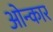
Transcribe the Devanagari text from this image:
ओन्कार